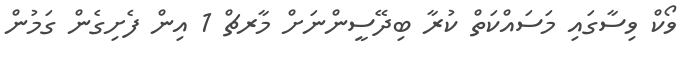
ވޯކް ވިސާގައި މަސައްކަތް ކުރާ ބިދޭސީންނަށް މާރޗް 1 އިން ފެށިގެން ގަމުން